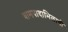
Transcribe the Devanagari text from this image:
वामपादाभिलाषी